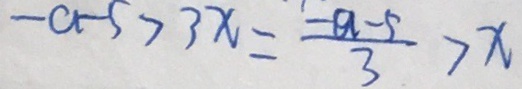
- a - 5 > 3 x = \frac { - a - 5 } { 3 } > x